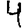
Digit: 4